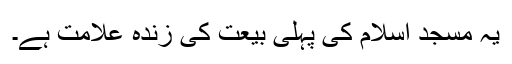
یہ مسجد اسلام کی پہلی بیعت کی زندہ علامت ہے۔